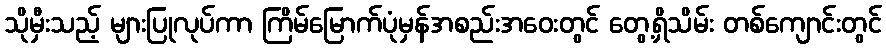
သိုမှီးသည့် များပြုလုပ်ကာ ကြိမ်မြောက်ပုံမှန်အစည်းအဝေးတွင် တွေ့ရှိသိမ်း တစ်ကျောင်းတွင်